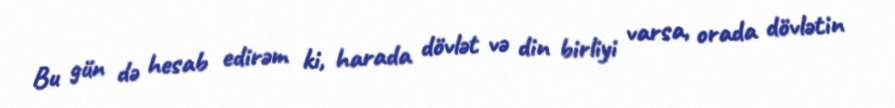
Bu gün də hesab edirəm ki, harada dövlət və din birliyi varsa, orada dövlətin